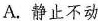
A. 静止不动